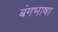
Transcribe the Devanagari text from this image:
बंगभाषा